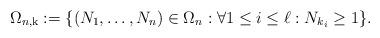
LaTeX: \begin{align*}\Omega_{n,\mathrm{k}}:= \{(N_1,\dots,N_n)\in \Omega_n: \forall 1\le i\le\ell: N_{k_i}\ge 1\}.\end{align*}